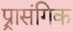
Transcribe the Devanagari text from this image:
प्र्रासंगिक